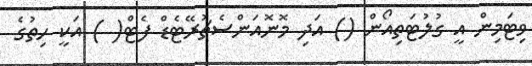
ވިޓަމިން އީ ގުލުޓަތިއޯން () އަދި މޮނޮއަންސެޗުރޭޓެޑް ފެޓް( ) އަކީ ހިތުގެ